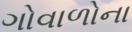
ગોવાળોના